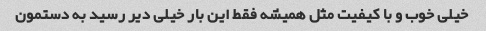
خیلی خوب و با کیفیت مثل همیشه فقط این بار خیلی دیر رسید به دستمون